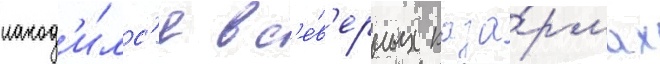
наход'и́лс'я в с'е́в'ерных каза́рмах